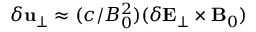
\delta \mathbf { u } _ { \perp } \approx ( c / B _ { 0 } ^ { 2 } ) ( \delta \mathbf { E } _ { \perp } \times \mathbf { B } _ { 0 } )